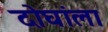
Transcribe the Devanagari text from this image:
दोघांला